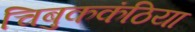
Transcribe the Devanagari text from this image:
चिबुककंठिया